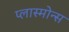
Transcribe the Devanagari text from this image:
प्लास्मोन्स